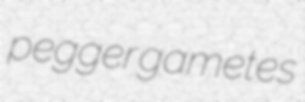
pegger gametes